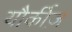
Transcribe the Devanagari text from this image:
यौर्कीज़